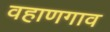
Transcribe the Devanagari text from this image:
वहाणगाव